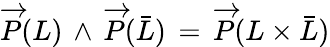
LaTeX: \overrightarrow{P}(L)\, \wedge\, \overrightarrow{P}(\bar{L})\, =\, \overrightarrow{P}(L\times\bar{L})